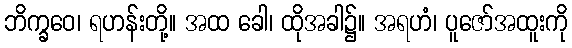
ဘိက္ခဝေ၊ ရဟန်းတို့။ အထ ခေါ၊ ထိုအခါ၌။ အရဟံ၊ ပူဇော်အထူးကို